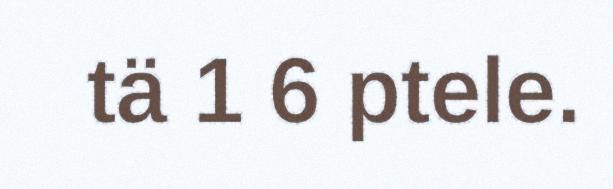
tä 1 6 ptele.